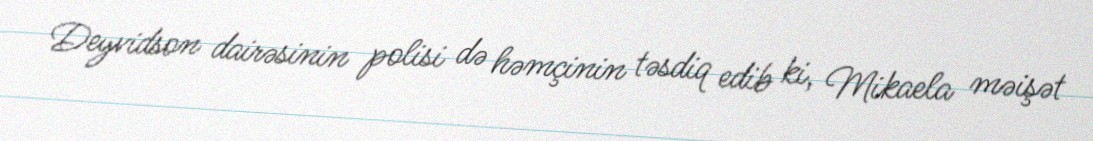
Deyvidson dairəsinin polisi də həmçinin təsdiq edib ki, Mikaela məişət